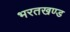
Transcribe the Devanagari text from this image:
भरतखण्ड